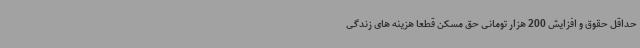
حداقل حقوق و افزایش 200 هزار تومانی حق مسکن قطعا هزینه های زندگی